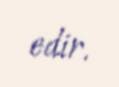
edir.